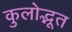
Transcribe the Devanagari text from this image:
कुलोद्भूत